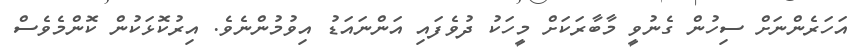
އަހަރެންނަށް ސިހުން ގެނުވީ މާބާރަކަށް މީހަކު ދުވެފައި އަންނައަޑު އިވުމުންނެވެ. އިރުކޮޅަކުން ކޮންމެވެސް